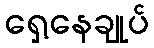
ရှေ့နေချုပ်